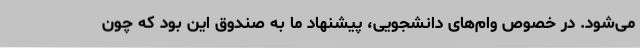
می‌شود. در خصوص وام‌های دانشجویی، پیشنهاد ما به صندوق این بود که چون